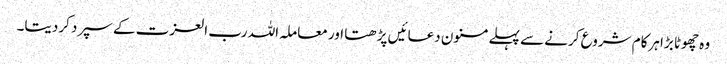
وہ چھوٹا بڑا ہرکام شروع کرنے سے پہلے مسنون دعائیں پڑھتا اور معاملہ اللہ رب العزت کے سپرد کردیتا۔